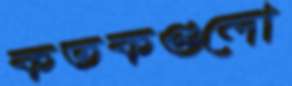
কতকগুলো